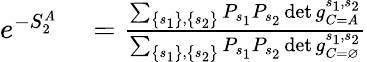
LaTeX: \begin{array}{rl}{e^{-S_{2}^{A}}}&{{}=\frac{\sum_{\left\{ s_{1}\right\} ,\left\{ s_{2}\right\} }P_{s_{1}}P_{s_{2}}\operatorname*{det}g_{C=A}^{s_{1},s_{2}}}{\sum_{\left\{ s_{1}\right\} ,\left\{ s_{2}\right\} }P_{s_{1}}P_{s_{2}}\operatorname*{det}g_{C=\varnothing}^{s_{1},s_{2}}}}\end{array}